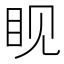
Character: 𪾢